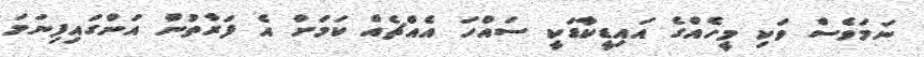
ނަމަވެސް ވަކި މީހެއްގެ އައިޑީކާޑަކީ ސައްހަ އެއްޗެއް ކަމަށް އެ ފަރާތުން އަންގައިފިނަމަ